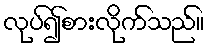
လုပ်၍စားလိုက်သည်။